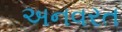
અનવરત